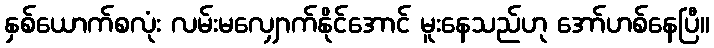
နှစ်ယောက်စလုံး လမ်းမလျှောက်နိုင်အောင် မူးနေသည်ဟု အော်ဟစ်နေပြီ။